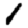
Digit: 1